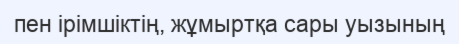
пен ірімшіктің, жұмыртқа сары уызының